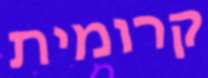
קרומית